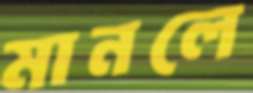
মানলে